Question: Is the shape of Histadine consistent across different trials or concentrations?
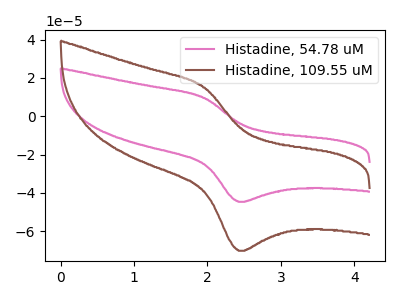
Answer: <think>The pink curve "Histadine, 54.78 uM" has an anodic peak at (1.95V, 9.50uA) and a cathodic peak at (2.40V, -44.65uA). The brown curve "Histadine, 109.55 uM" has an anodic peak at (1.95V, 14.95uA) and a cathodic peak at (2.40V, -70.25uA).
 All the peaks in "Histadine, 54.78 uM" have a peak in "Histadine, 109.55 uM" at the same potential. Every peak in "Histadine, 54.78 uM" is lower than every peak in "Histadine, 109.55 uM".</think>
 <answer>All the CV's of "Histadine" have similar shape.</answer>
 <eval>follow_rule</eval>